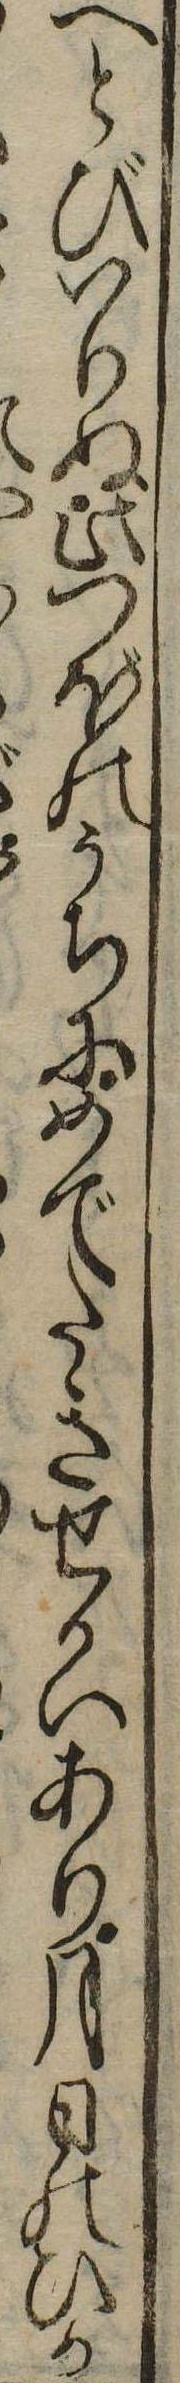
へとびいりぬ此つぼのうちにめでたきせかいあり月日のひか